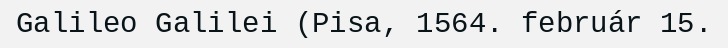
Galileo Galilei (Pisa, 1564. február 15.